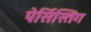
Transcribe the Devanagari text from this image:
पेर्सिस्तिंग